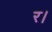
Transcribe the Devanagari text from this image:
र।